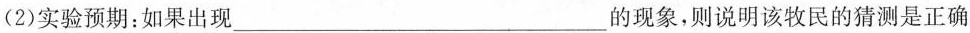
(2)实验预期：如果出现___的现象，则说明该牧民的猜测是正确